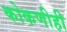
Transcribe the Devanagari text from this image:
कोकणीही